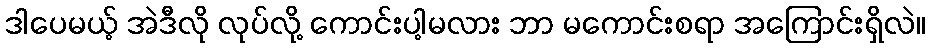
ဒါပေမယ့် အဲဒီလို လုပ်လို့ ကောင်းပါ့မလား ဘာ မကောင်းစရာ အကြောင်းရှိလဲ။